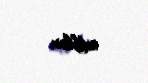
ediblər.